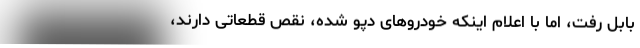
بابل رفت، اما با اعلام اینکه خودروهای دپو شده، نقص قطعاتی دارند،